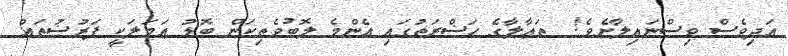
އަދިވެސް ވިސްނައިލާށެވެ!  ތަޢާލާގެ ޙަޟްރަތުގައި އެންމެ ލޮބުވެތިކަން ބޮޑު ޢަމަލަކީ ފަރުޟުތައް